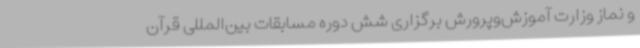
و نماز وزارت آموزش‌وپرورش برگزاری شش دوره مسابقات بین‌المللی قرآن